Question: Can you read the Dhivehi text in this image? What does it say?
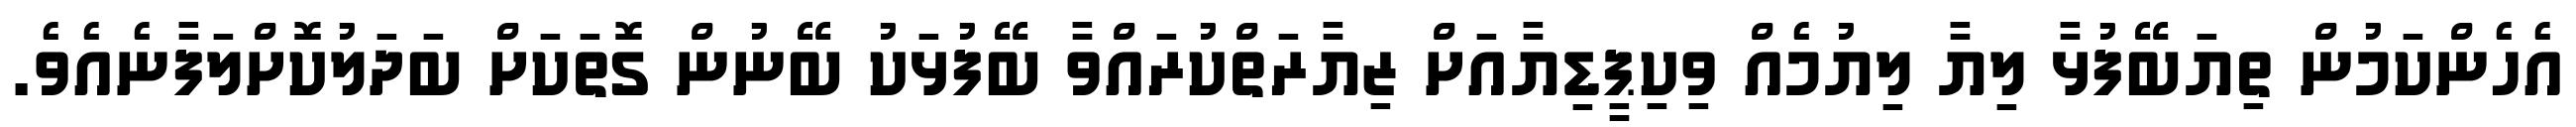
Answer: އެހެންކަމުން ތިޔަބޭފުޅާ ލިޔާ ލިޔުމެއް ވިކިޕީޑިޔާއަށް ޒިޔާރަތްކުރައްވާ ބޭފުޅަކު ބޭނުން ގޮތަކަށް ބަދަލުކޮށްލަފާނެއެވެ.